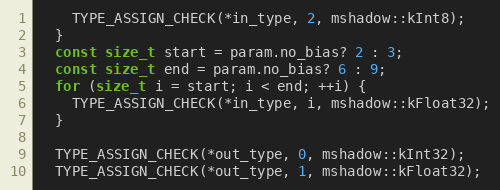
Language: C++
    TYPE_ASSIGN_CHECK(*in_type, 2, mshadow::kInt8);
  }
  const size_t start = param.no_bias? 2 : 3;
  const size_t end = param.no_bias? 6 : 9;
  for (size_t i = start; i < end; ++i) {
    TYPE_ASSIGN_CHECK(*in_type, i, mshadow::kFloat32);
  }

  TYPE_ASSIGN_CHECK(*out_type, 0, mshadow::kInt32);
  TYPE_ASSIGN_CHECK(*out_type, 1, mshadow::kFloat32);